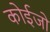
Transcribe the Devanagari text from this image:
कोईजो